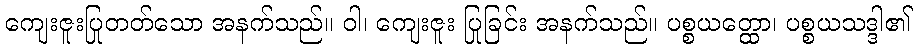
ကျေးဇူးပြုတတ်သော အနက်သည်။ ဝါ၊ ကျေးဇူး ပြုခြင်း အနက်သည်။ ပစ္စယတ္ထော၊ ပစ္စယသဒ္ဒါ၏